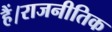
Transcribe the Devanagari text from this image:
हैं।राजनीतिक